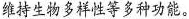
维持生物多样性等多种功能。